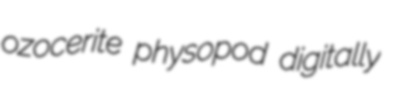
ozocerite physopod digitally